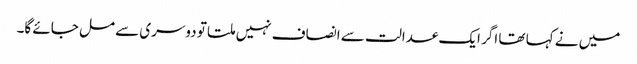
میں نے کہا تھا اگر ایک عدالت سے انصاف نہیں ملتا تو دوسری سے مل جائے گا۔